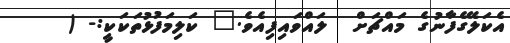
އެކަލޭގެފާނުގެ މައްޗަށް  ލައްވައިފިއެވެ." ކަލިމަފުޅުތަކަކީ:- (